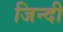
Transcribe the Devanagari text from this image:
जिन्दी